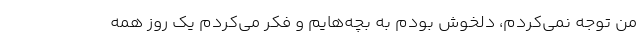
من توجه نمی‌کردم، دلخوش بودم به بچه‌هایم و فکر می‌کردم یک روز همه